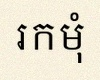
រកមុំ